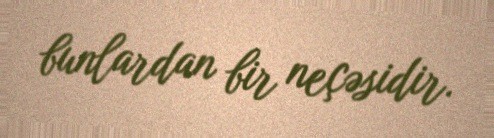
bunlardan bir neçəsidir.